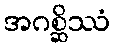
အဂစ္ဆိဿံ